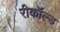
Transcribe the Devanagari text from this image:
रीकॉल्ड